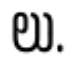
లు.